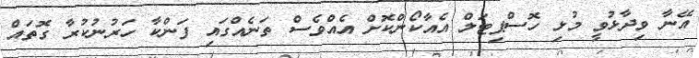
އޭނާ ވިދާޅުވީ މުޅި ހޮސްޕިޓަލް އެއާކޯންކޮށް އެއްވެސް ތަނެއްގައި ފަންކާ ހަރުނުކުރާ ގޮތައް